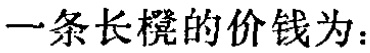
一条长凳的价钱为：